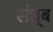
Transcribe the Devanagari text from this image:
संध्र्ब